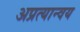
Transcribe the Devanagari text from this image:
अप्रत्यान्वय